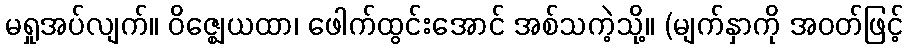
မရှုအပ်လျက်။ ဝိဇ္ဈေယထာ၊ ဖေါက်ထွင်းအောင် အစ်သကဲ့သို့။ (မျက်နှာကို အဝတ်ဖြင့်